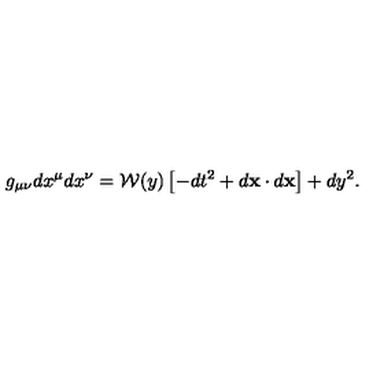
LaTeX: g _ { \mu \nu } d x ^ { \mu } d x ^ { \nu } = { \cal W } ( y ) \left[ - d t ^ { 2 } + d { \bf x } \cdot d { \bf x } \right] + d y ^ { 2 } .